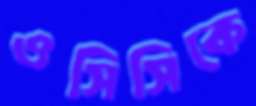
ওসিসিকে